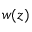
w ( z )